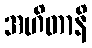
အဟိတာနိ